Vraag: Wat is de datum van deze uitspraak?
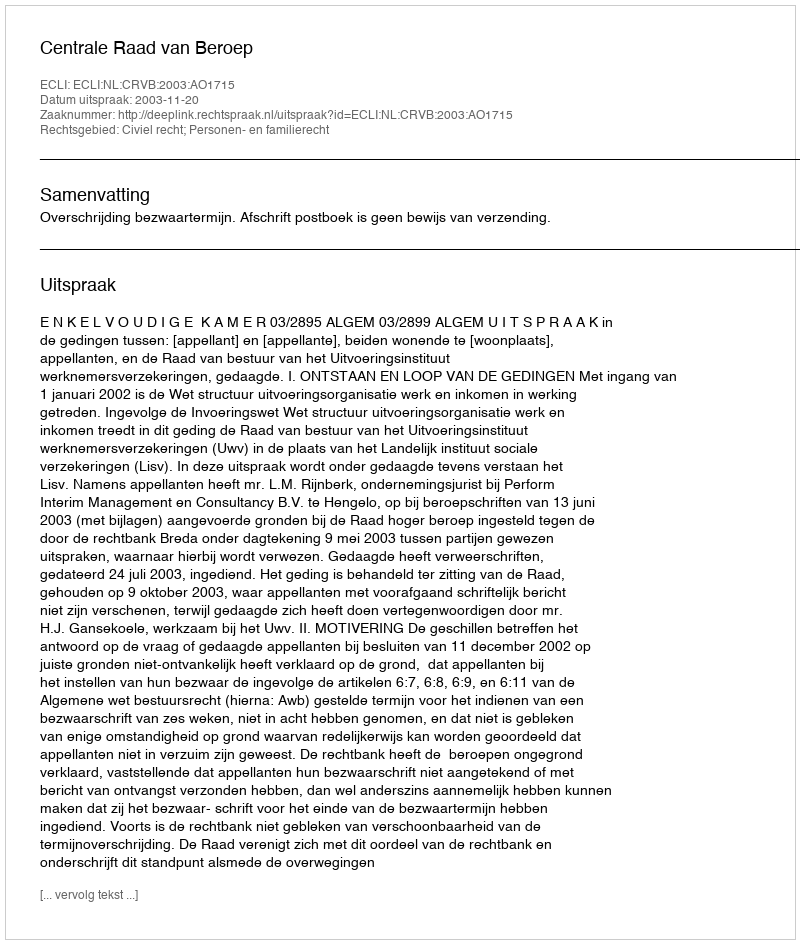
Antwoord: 2003-11-20